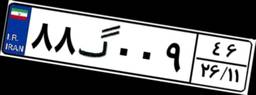
۸۸گ۰۰۹۴۶